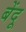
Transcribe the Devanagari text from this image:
बेंदू